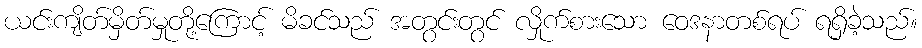
ယင်းကျိတ်မှိတ်မှုတို့ကြောင့် မိခင်သည် အတွင်းတွင် လှိုက်စားသော ဝေဒနာတစ်ရပ် ရရှိခဲ့သည်။